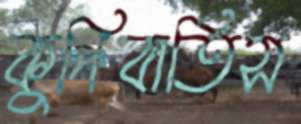
কুপিবাতিস